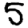
Digit: 5